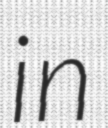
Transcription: in